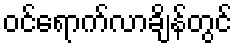
ဝင်ရောက်လာချိန်တွင်